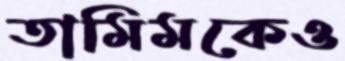
তামিমকেও